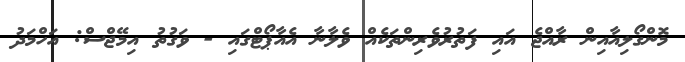
މޮންގޯލިއާއިން ރާއްޖެ އައި ފަތުރުވެރިންތަކެއް ވެލާނާ އެއާޕޯޓްގައި - ވަގުތު އިމޭޖްސް: އަހްމަދު